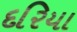
દરિયા